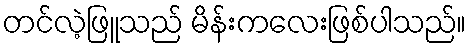
တင်လဲ့ဖြူသည် မိန်းကလေးဖြစ်ပါသည်။